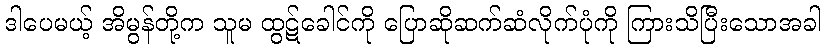
ဒါပေမယ့် အိမွန်တို့က သူမ ထွဋ်ခေါင်ကို ပြောဆိုဆက်ဆံလိုက်ပုံကို ကြားသိပြီးသောအခါ